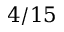
4 / 1 5